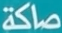
صاكة